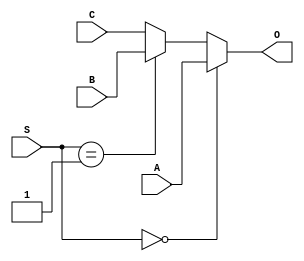
module MUX_3_1(
    input [63:0] A,
    input [63:0] B,
    input [63:0] C,
    output [63:0] O,
    input [1:0] S
);

assign O = (S==2'b00) ? A: (S==2'b01) ? B: C;

endmodule